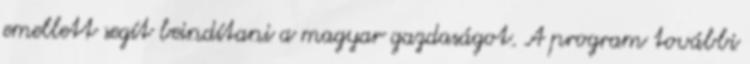
emellett segít beindítani a magyar gazdaságot. A program további